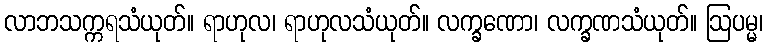
လာဘသက္ကရသံယုတ်။ ရာဟုလ၊ ရာဟုလသံယုတ်။ လက္ခဏော၊ လက္ခဏသံယုတ်။ ဩပမ္မ၊